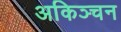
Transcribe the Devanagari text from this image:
अकिञ्चन